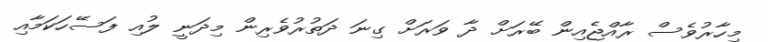
މިހާރުވެސް ރާއްޖެއިން ބޭރަށް ދާ ވަރަށް ގިނަ ދަތުރުވެރިން މިދަނީ ލުއި ފަސޭހަކަމާއި